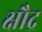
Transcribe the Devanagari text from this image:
क्षौद्र